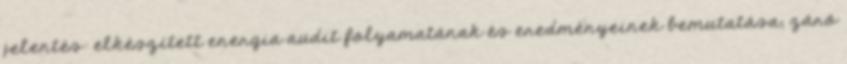
jelentés: elkészített energia audit folyamatának és eredményeinek bemutatása; záró